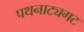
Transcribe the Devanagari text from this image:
पथनाट्यगट